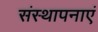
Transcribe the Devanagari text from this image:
संस्थापनाएं